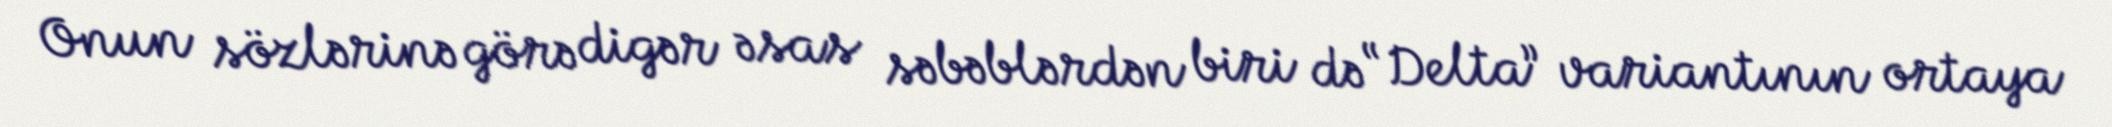
Onun sözlərinə görə digər əsas səbəblərdən biri də “Delta” variantının ortaya